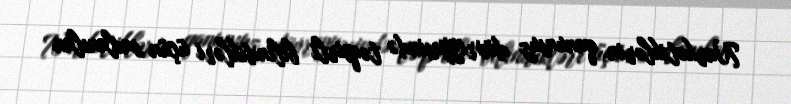
Narkotiklərin qanunsuz dövriyyəsində təqsirli bilindikləri üçün saxlanılan